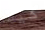
كيف